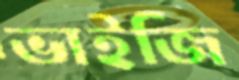
ভাইজি